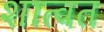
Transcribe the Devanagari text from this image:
शात्वत